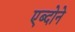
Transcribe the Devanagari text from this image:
एब्दोने